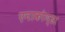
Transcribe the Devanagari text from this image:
एनाकोण्डा